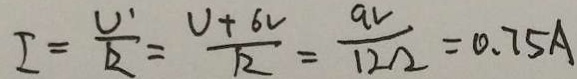
I = \frac { U ^ { \prime } } { R } = \frac { U + 6 v } { R } = \frac { 9 v } { 1 2 \Omega } = 0 . 7 5 A